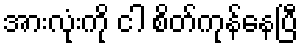
အားလုံးကို ငါ စိတ်ကုန်နေပြီ